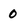
Character: 0